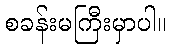
စခန်းမကြီးမှာပါ။